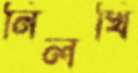
নিলখি